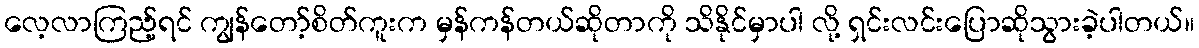
လေ့လာကြည့်ရင် ကျွန်တော့်စိတ်ကူးက မှန်ကန်တယ်ဆိုတာကို သိနိုင်မှာပါ လို့ ရှင်းလင်းပြောဆိုသွားခဲ့ပါတယ်။